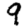
Digit: 9